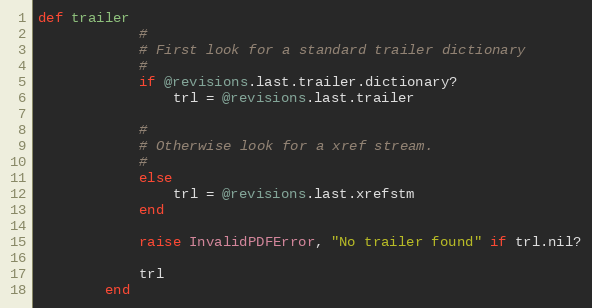
Language: Ruby
def trailer
            #
            # First look for a standard trailer dictionary
            #
            if @revisions.last.trailer.dictionary?
                trl = @revisions.last.trailer

            #
            # Otherwise look for a xref stream.
            #
            else
                trl = @revisions.last.xrefstm
            end

            raise InvalidPDFError, "No trailer found" if trl.nil?

            trl
        end